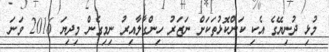
މުޅި ދުނިޔޭގެ އެކި ކަންކޮޅުތަކަށް ނަޒަރު ހިންގާލާއިރު ނިމިގެން މިދިޔަ 2016 ވަނަ